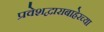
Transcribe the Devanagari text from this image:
प्रवेशद्वाराबाहेरच्या